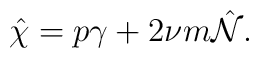
\hat{\chi}=p\gamma+2\nu m\hat{{\cal N}}.